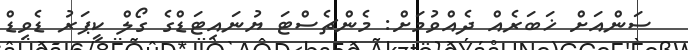
ސަންއަށް ޚަބަރެއް ދެއްވުމަށް: މެންޗެސްޓަ ޔުނައިޓަޑްގެ ގޯލް ކީޕަރު ޑެވިޑް